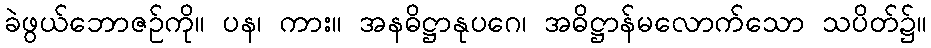
ခဲဖွယ်ဘောဇဉ်ကို။ ပန၊ ကား။ အနဓိဋ္ဌာနုပဂေ၊ အဓိဋ္ဌာန်မလောက်သော သပိတ်၌။